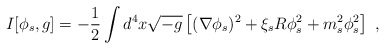
\begin{align*}I[\phi_s, g]=-\frac 12 \int d^4x \sqrt{-g} \left[(\nabla \phi_s)^2+\xi_s R\phi_s^2+m_s^2\phi_s^2\right]~,\end{align*}